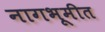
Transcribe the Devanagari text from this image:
नागभूमीत